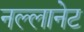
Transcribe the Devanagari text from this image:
नल्लानेट